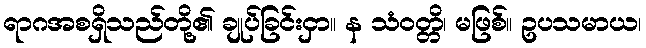
ရာဂအစရှိသည်တို့၏ ချုပ်ခြင်းငှာ။ န သံဝတ္တိ၊ မဖြစ်။ ဥပသမာယ၊